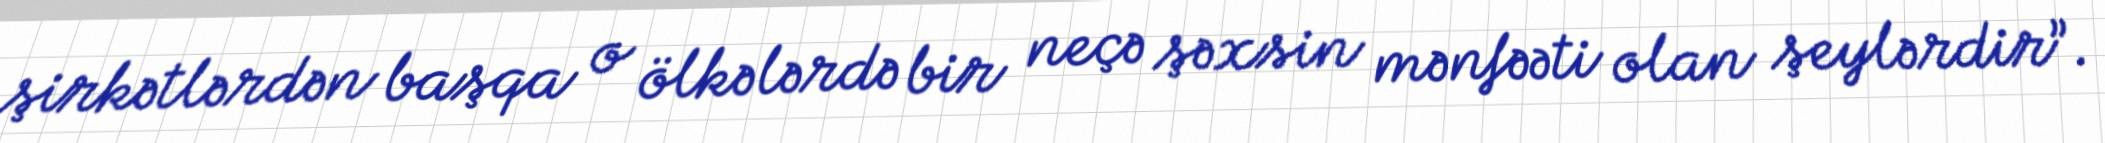
şirkətlərdən başqa o ölkələrdə bir neçə şəxsin mənfəəti olan şeylərdir”.